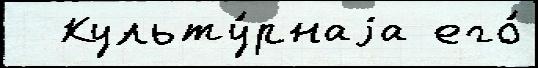
  Культу́рнаjа его́